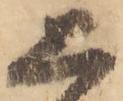
上